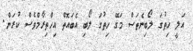
އަލީ ހިތުގަ ލޯބިނެތަސް މަގޭ ހިތުގަ ލޯބި އެބައޮތް އިހްތިރާމްވެސް ކުރަން.